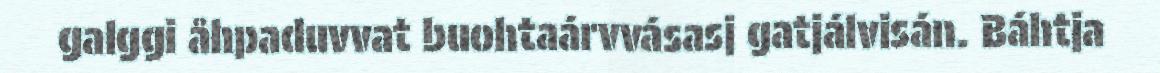
galggi åhpaduvvat buohtaárvvásasj gatjálvisán. Báhtja